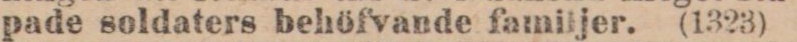
pade soldaters behöfvande familjer. (1323)